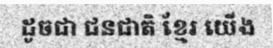
ដូចជា ជនជាតិ ខ្មែរ យើង